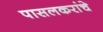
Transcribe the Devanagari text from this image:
पासलकरांचे